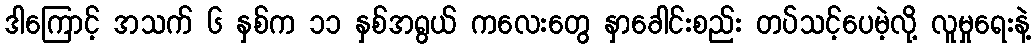
ဒါကြောင့် အသက် ၆ နှစ်က ၁၁ နှစ်အရွယ် ကလေးတွေ နှာခေါင်းစည်း တပ်သင့်ပေမဲ့လို့ လူမှုရေးနဲ့